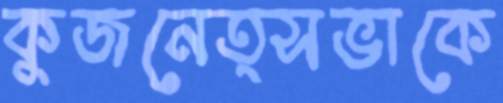
কুজনেত্সভাকে